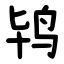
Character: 鸨